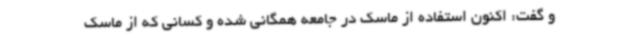
و گفت: اکنون استفاده از ماسک در جامعه همگانی شده و کسانی که از ماسک